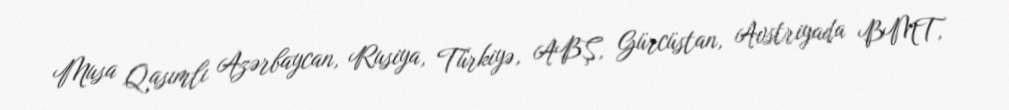
Musa Qasımlı Azərbaycan, Rusiya, Türkiyə, ABŞ, Gürcüstan, Avstriyada BMT,